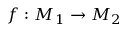
f \, \colon M _ { 1 } \to M _ { 2 }